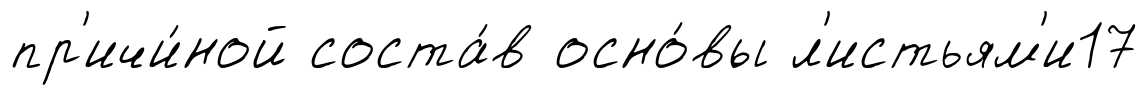
пр'ичи́ной соста́в осно́вы л'истьям'и17